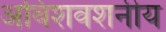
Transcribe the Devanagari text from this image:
अविशवशनीय